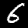
Digit: 6